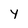
Character: Y